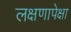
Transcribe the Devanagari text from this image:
लक्षणापेक्षा